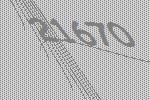
21670